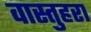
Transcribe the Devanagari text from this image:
वास्तुहरा